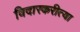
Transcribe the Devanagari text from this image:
विदारकरीत्या